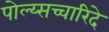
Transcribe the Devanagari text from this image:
पोल्य्सच्चारिदे